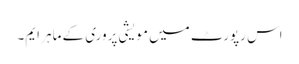
اس رپورٹ میں مویشی پروری کے ماہر ایم۔